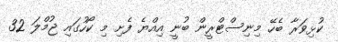
ކުޅިވަރާ ބެހޭ މިނިސްޓްރީން ބުނީ އިއްޔެ ފެށި މި ކޯހުގައި ޖުމްލަ 32